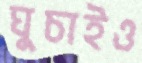
ঘুচাইও